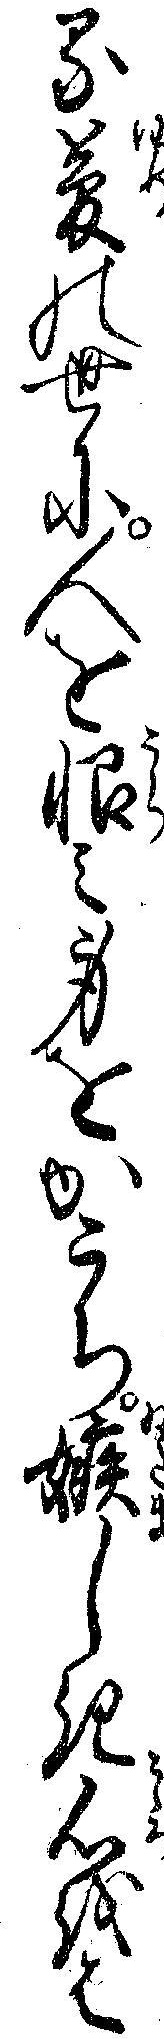
る夢の世に人を恨ミ身をかこち嫉しき心をは